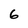
Character: 6